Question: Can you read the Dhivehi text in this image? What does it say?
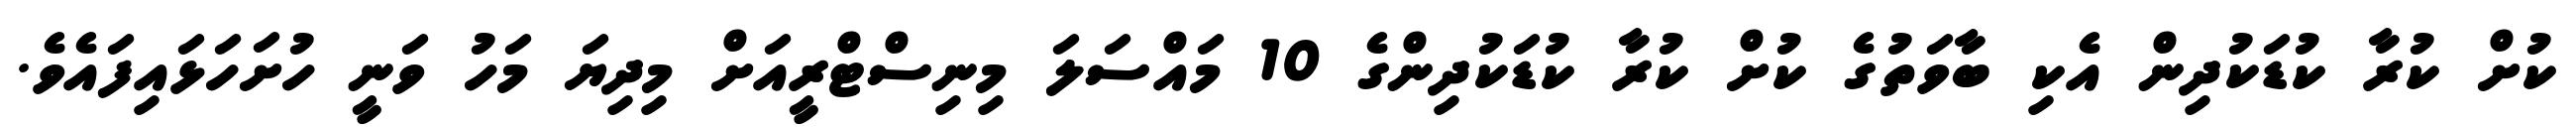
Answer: ކުށް ކުރާ ކުޑަކުދިން އެކި ބާވަތުގެ ކުށް ކުރާ ކުޑަކުދިންގެ 10 މައްސަލަ މިނިސްޓްރީއަށް މިދިޔަ މަހު ވަނީ ހުށަހަޅައިފައެވެ.